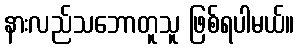
နားလည်သဘောတူသူ ဖြစ်ရပါမယ်။